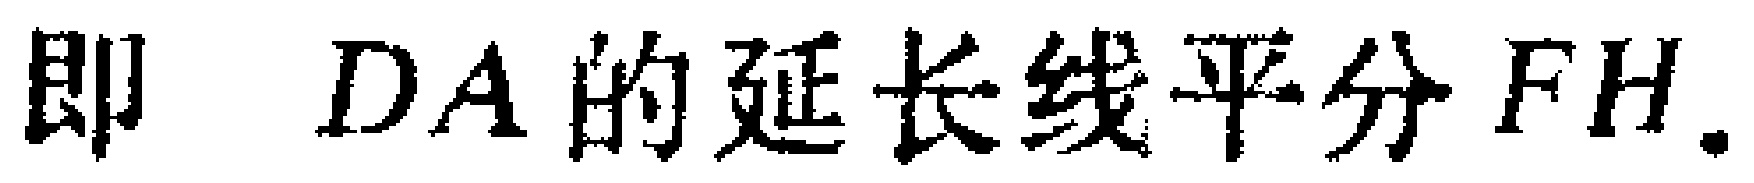
即 \(DA\)的延长线平分 \(FH\).